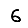
Digit: 6